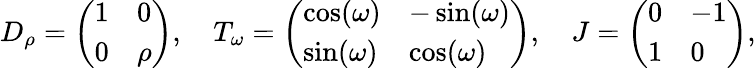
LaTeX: \begin{array}{r}{D_{\rho}=\left(\begin{array}{ll}{1}&{0}\\ {0}&{\rho}\end{array}\right),\quad T_{\omega}=\left(\begin{array}{ll}{\cos(\omega)}&{-\sin(\omega)}\\ {\sin(\omega)}&{\cos(\omega)}\end{array}\right),\quad J=\left(\begin{array}{ll}{0}&{-1}\\ {1}&{0}\end{array}\right),}\end{array}